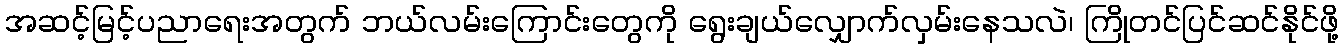
အဆင့်မြင့်ပညာရေးအတွက် ဘယ်လမ်းကြောင်းတွေကို ရွေးချယ်လျှောက်လှမ်းနေသလဲ၊ ကြိုတင်ပြင်ဆင်နိုင်ဖို့